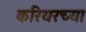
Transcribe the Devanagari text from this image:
करियरच्या